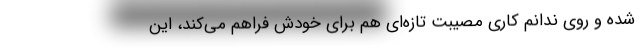
شده و روي ندانم كاري مصيبت تازه‌اي هم براي خودش فراهم مي‌كند، اين